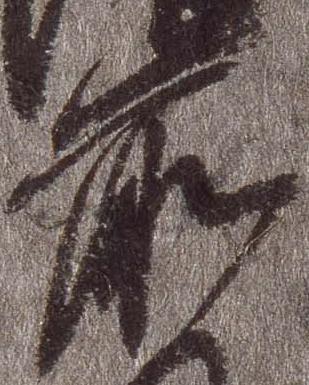
前